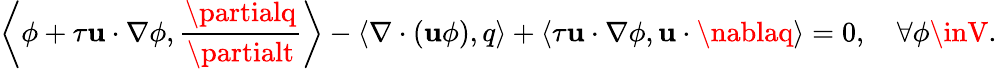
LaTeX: \left\langle\phi+\tau\mathbf{u}\cdot\nabla\phi,\frac{{\partialq}}{{\partialt}}\right\rangle-\left\langle\nabla\cdot(\mathbf{u}\phi),q\right\rangle+{\left\langle\tau\mathbf{u}\cdot\nabla\phi,\mathbf{u}\cdot\nablaq\right\rangle}=0,\quad\forall\phi\inV.